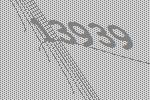
13939